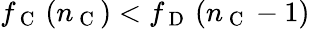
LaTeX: f_{\mathrm{~C~}}\left(n_{\mathrm{~C~}}\right)<f_{\mathrm{~D~}}\left(n_{\mathrm{~C~}}-1\right)